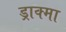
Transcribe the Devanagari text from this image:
ड्राक्मा